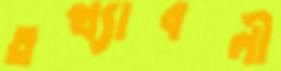
তথ্যাবলী